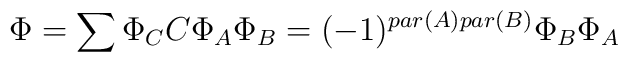
\Phi = \sum \Phi_C C\\                \Phi_A \Phi_B = (-1)^{par(A)par(B)} \Phi_B \Phi_A